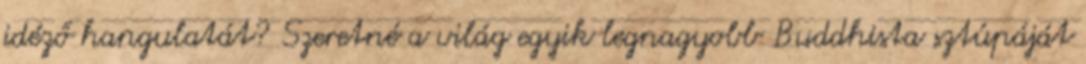
idéző hangulatát? Szeretné a világ egyik legnagyobb Buddhista sztúpáját